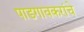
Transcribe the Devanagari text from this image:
पाडगावकरांचे